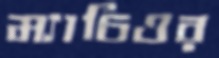
ম্যাচিওর